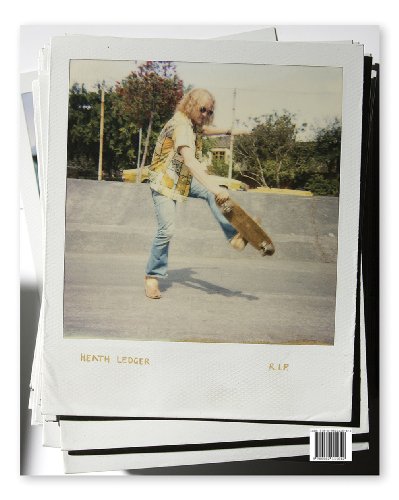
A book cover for SKATEBOOK 6 (Logan Kincade); First Last; Sports & Outdoors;